Leaving Certificate Examination, 1904
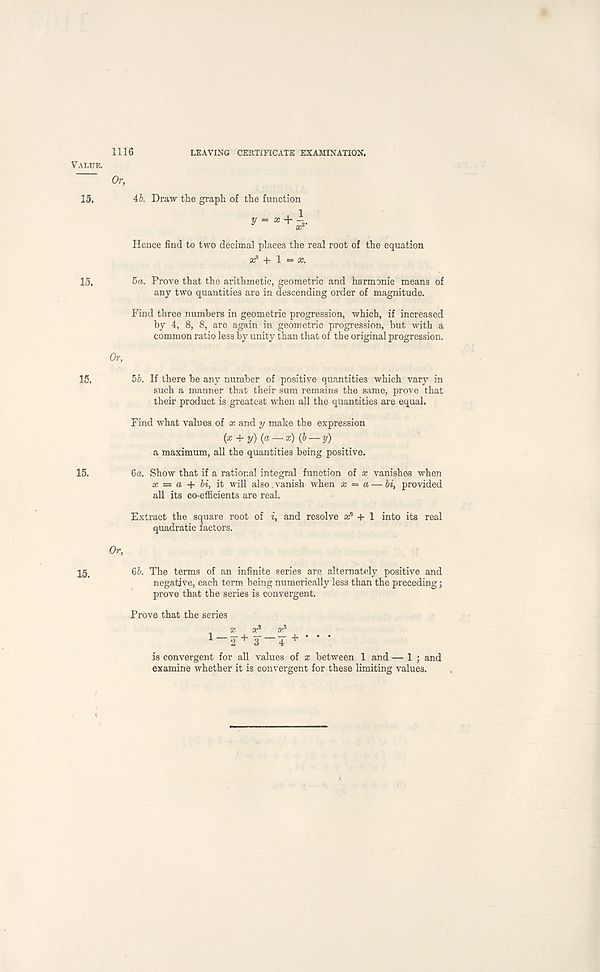
1116
LEAVING CERTIFICATE EXAMINATION.
Or,
45. Draw the graph of the function
y = x + 1
£C 2 ‘
Hence find to two decimal places the real root of the equation
ar* + 1 = sc.
5a. Prove that the arithmetic, geometric and harmonic means of
any two quantities are in descending order of magnitude.
Find three numbers in geometric progression, which, if increased
by 4, 8, 8, are again in geometric progression, but with a
common ratio less by unity than that of the original progression.
Or,
55. If there be any number of positive quantities which vary in
such a manner that their sum remains the same, prove that
their product is greatest when all the quantities are equal.
Find what values of x and y make the expression
(a; + y) {a — x) (b — y)
a maximum, all the quantities being positive.
6a. Show that if a rational integral function of x vanishes when
x = a + hi, it will also.vanish when x = a — bi, provided
all its co-efficients are real.
Extract the square root of i, and resolve a: 8 + 1 into its real
quadratic factors.
Or,
65. The terms of an infinite series are alternately positive and
negative, each term being numerically less than the preceding;
prove that the series is convergent.
Prove that the series
is convergent for all values of x between 1 and — 1 ; and
examine whether it is convergent for these limiting values.